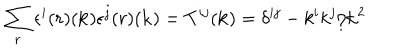
LaTeX: \sum _ { r } \epsilon ^ { i } { ( r ) } ( { \bf k } ) \epsilon ^ { j } { ( r ) } ( { \bf k } ) = T ^ { i j } ( { \bf k } ) = \delta ^ { i j } - k ^ { i } k ^ { j } / { \bf k } ^ { 2 }